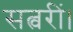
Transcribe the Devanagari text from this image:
सत्वरीं।